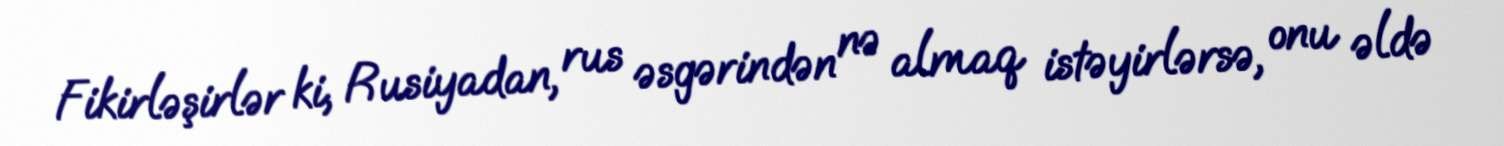
Fikirləşirlər ki, Rusiyadan, rus əsgərindən nə almaq istəyirlərsə, onu əldə